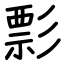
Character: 彯